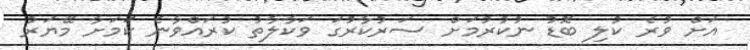
އަށް ވުރެ ކުލި ބޮޑު ނުކުރުމަށް ސަރުކާރުގަ ވަކާލާތު ކުރައްވާނެ ކަމަށާ މޭޔަރު